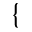
\{